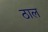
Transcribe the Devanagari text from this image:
ठाल